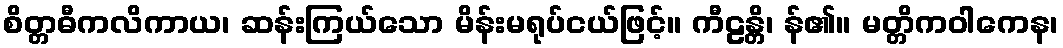
စိတ္တဓီကလိကာယ၊ ဆန်းကြယ်သော မိန်းမရုပ်ငယ်ဖြင့်။ ကီဠန္တိ၊ န်၏။ မတ္တိကဝါကေန၊